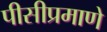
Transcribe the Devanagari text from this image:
पीसीप्रमाणे